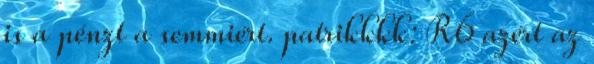
is a pénzt a semmiért. patrikkkk: R6 azért az